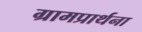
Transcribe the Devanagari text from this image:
ग्रामप्रार्थना